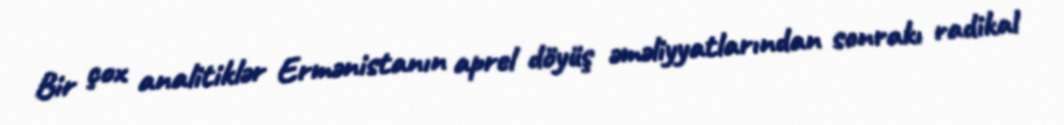
Bir çox analitiklər Ermənistanın aprel döyüş əməliyyatlarından sonrakı radikal